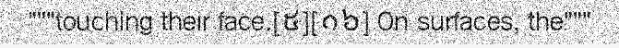
"""touching their face.[៥][១៦] On surfaces, the"""